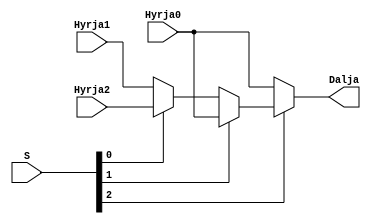
`timescale 1ns / 1ps
//////////////////////////////////////////////////////////////////////////////////
// Company: 
// Engineer: 
// 
// Design Name: 
// Module Name: mux4ne1
// Project Name: 
// Target Devices: 
// Tool Versions: 
// Description: 
// 
// Dependencies: 
// 
// Revision:
// Revision 0.01 - File Created
// Additional Comments:
// 
//////////////////////////////////////////////////////////////////////////////////


module mux3ne1(
    input[15:0]Hyrja0,
    input [15:0]Hyrja1,
    input [15:0]Hyrja2,
    input [2:0] S,
    output [15:0]Dalja
    );
    
    //S 000 H0 AND +
    //S 001 H1   OR +
    //S 011 H2   XOR +
    //S 010 H3   ADD +
    //S 110 H4   SUB +
    //S 100 H5   SLLI +
    //S 101 H6   ROR  +
    assign Dalja = S[2] ? (S[1] ? Hyrja0 : (S[0] ? Hyrja2 : Hyrja1)) : (Hyrja0);
endmodule